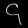
Digit: ၄